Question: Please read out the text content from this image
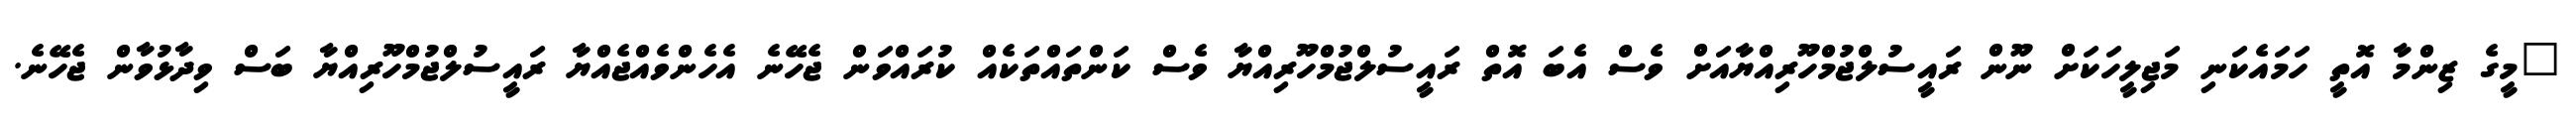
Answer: "މީގެ ޒިންމާ އޮތީ ހަމައެކަނި މަޖިލީހަކަށް ނޫން ރައީސުލްޖުމްހޫރިއްޔާއަށް ވެސް އެބަ އޮތް ރައީސުލްޖުމްހޫރިއްޔާ ވެސް ކަންތައްތަކެއް ކުރައްވަން ޖެހޭނެ އެހެންވެއްޖެއްޔާ ރައީސުލްޖުމްހޫރިއްޔާ ބަސް ވިދާޅުވާން ޖެހޭނެ.